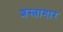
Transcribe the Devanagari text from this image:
शस्‍त्रागार